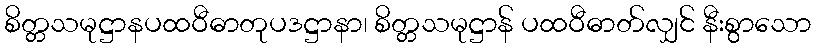
စိတ္တသမုဋ္ဌာနပထဝီဓာတုပဒဋ္ဌာနာ၊ စိတ္တသမုဋ္ဌာန် ပထဝီဓာတ်လျှင် နီးစွာသော